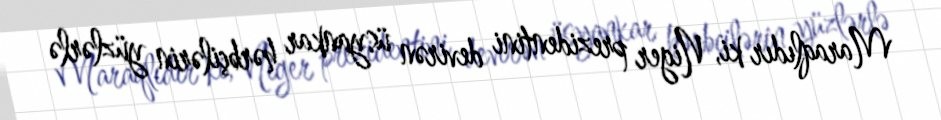
Maraqlıdır ki, Niger prezidentini devirən üsyankar hərbçilərin yüzlərlə